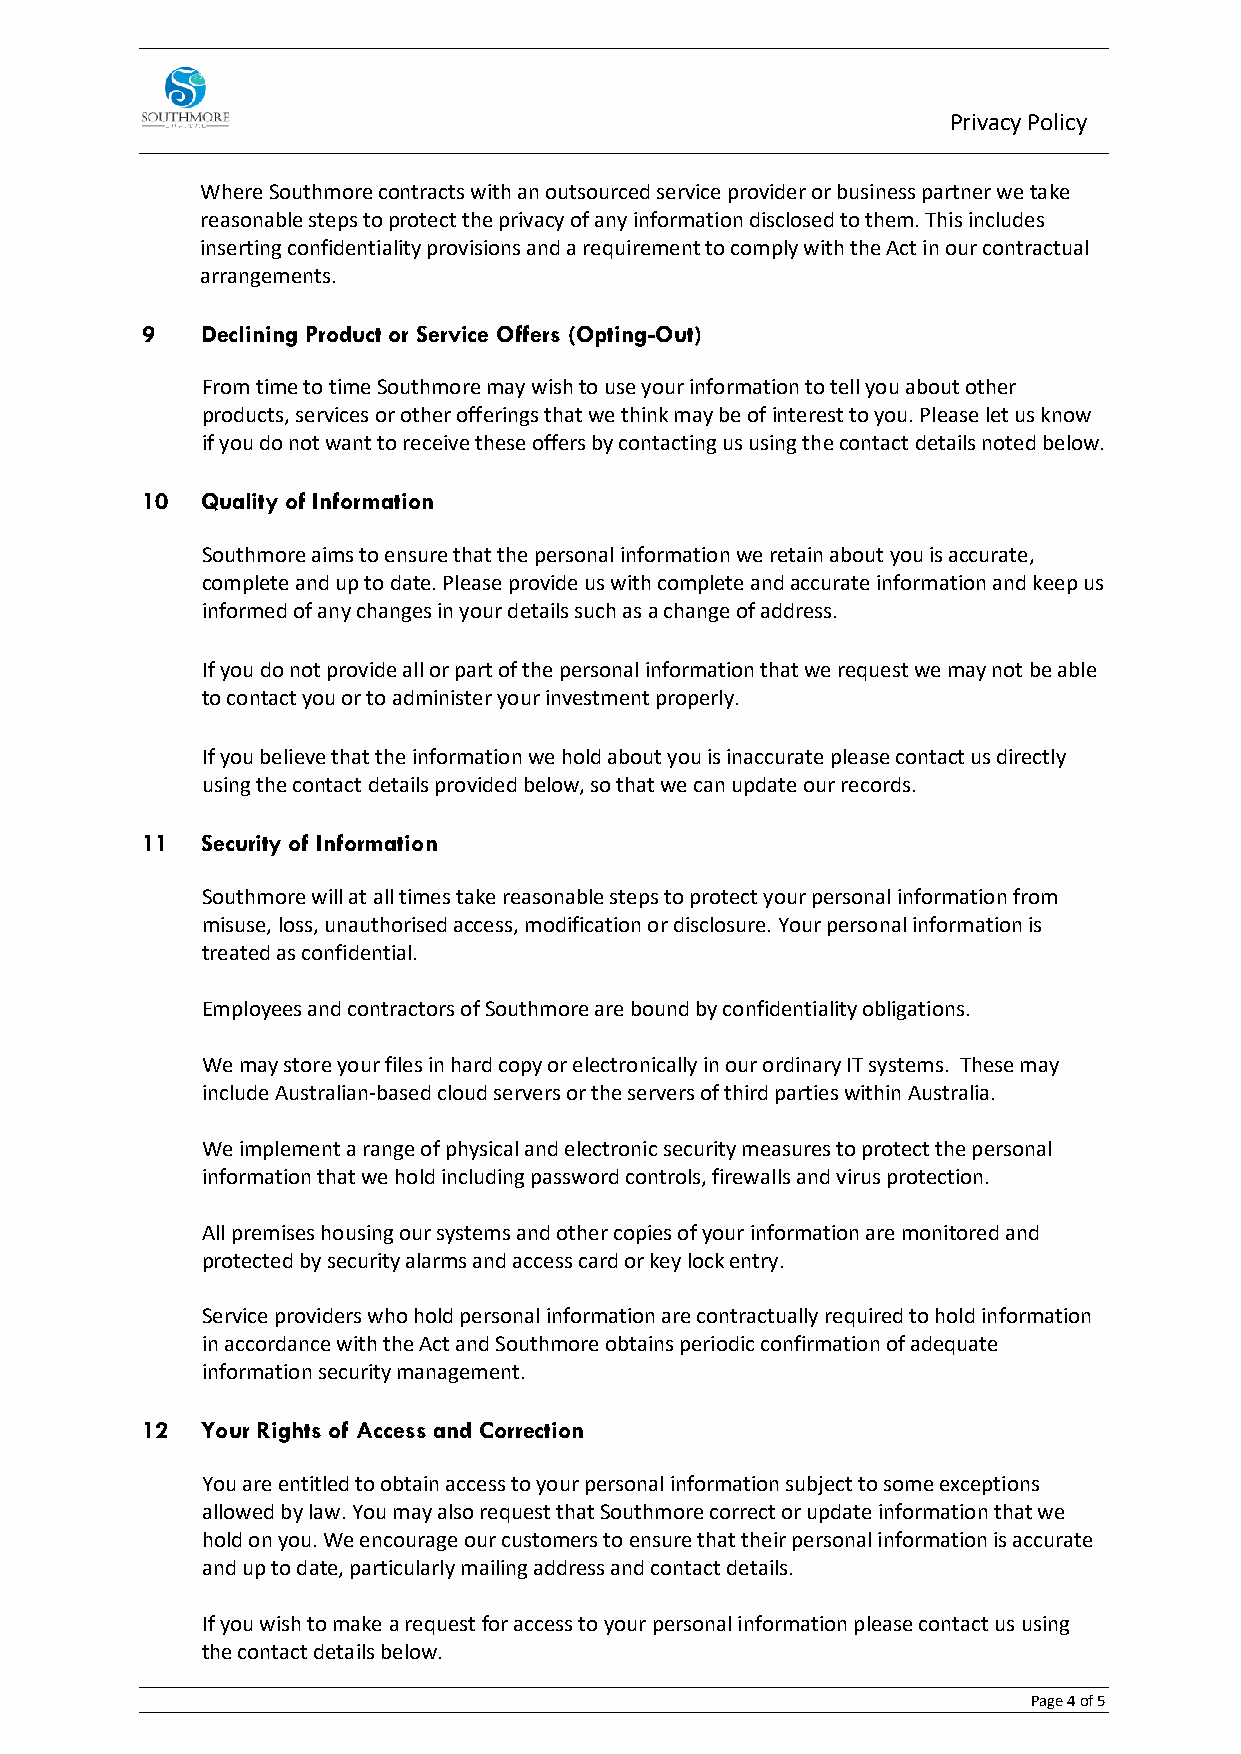
Privacy Policy
 Where Southmore contracts with an outsourced service provider or business partner we take
 reasonable steps to protect the privacy of any information disclosed to them. This includes
 inserting confidentiality provisions and a requirement to comply with the Act in our contractual
 arrangements.
 9   Declining Product or Service Offers (Opting-Out)
 From time to time Southmore may wish to use your information to tell you about other
 products, services or other offerings that we think may be of interest to you. Please let us know
 if you do not want to receive these offers by contacting us using the contact details noted below.
 10  Quality of Information
 Southmore aims to ensure that the personal information we retain about you is accurate,
 complete and up to date. Please provide us with complete and accurate information and keep us
 informed of any changes in your details such as a change of address.
 If you do not provide all or part of the personal information that we request we may not be able
 to contact you or to administer your investment properly.
 If you believe that the information we hold about you is inaccurate please contact us directly
 using the contact details provided below, so that we can update our records.
 11  Security of Information
 Southmore will at all times take reasonable steps to protect your personal information from
 misuse, loss, unauthorised access, modification or disclosure. Your personal information is
 treated as confidential.
 Employees and contractors of Southmore are bound by confidentiality obligations.
 We may store your files in hard copy or electronically in our ordinary IT systems. These may
 include Australian-based cloud servers or the servers of third parties within Australia.
 We implement a range of physical and electronic security measures to protect the personal
 information that we hold including password controls, firewalls and virus protection.
 All premises housing our systems and other copies of your information are monitored and
 protected by security alarms and access card or key lock entry.
 Service providers who hold personal information are contractually required to hold information
 in accordance with the Act and Southmore obtains periodic confirmation of adequate
 information security management.
 12  Your Rights of Access and Correction
 You are entitled to obtain access to your personal information subject to some exceptions
 allowed by law. You may also request that Southmore correct or update information that we
 hold on you. We encourage our customers to ensure that their personal information is accurate
 and up to date, particularly mailing address and contact details.
 If you wish to make a request for access to your personal information please contact us using
 the contact details below.
 Page 4 of 5